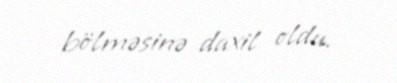
bölməsinə daxil oldu.